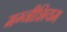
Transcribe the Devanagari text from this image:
मग्नीशियम